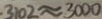
3 1 0 2 \approx 3 0 0 0